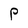
Character: P